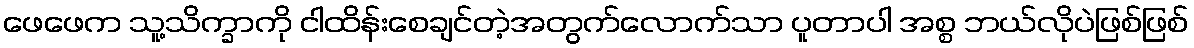
ဖေဖေက သူ့သိက္ခာကို ငါထိန်းစေချင်တဲ့အတွက်လောက်သာ ပူတာပါ အစ္စ ဘယ်လိုပဲဖြစ်ဖြစ်